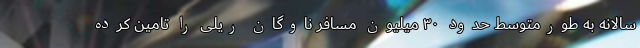
سالانه به طورمتوسط حدود ۳۰ میلیون مسافر ناوگان ریلی را تامین کرده